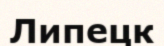
Липецк